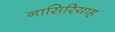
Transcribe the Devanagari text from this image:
नासिरियाह